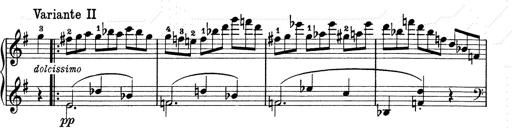
Title: 6 Polish Songs
Composer: Franz Liszt